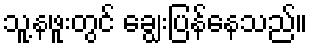
သူ့နဖူးတွင် ချွေးပြန်နေသည်။